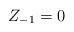
LaTeX: \begin{align*}Z_{-1} = 0\end{align*}